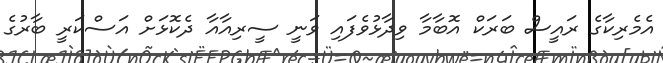
އެމެރިކާގެ ރައީސް ބަރަކް އޮބާމާ ވިދާޅުވެފައި ވަނީ ސީރިއާއާ ދެކޮޅަށް އަސްކަރީ ބާރުގެ